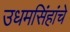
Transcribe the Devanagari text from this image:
उधमसिंहांचे